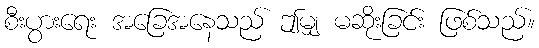
စီးပွားရေး အခြေအနေသည် ဤမျှ မဆိုးခြင်း ဖြစ်သည်။